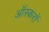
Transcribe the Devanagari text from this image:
ऑस्करों